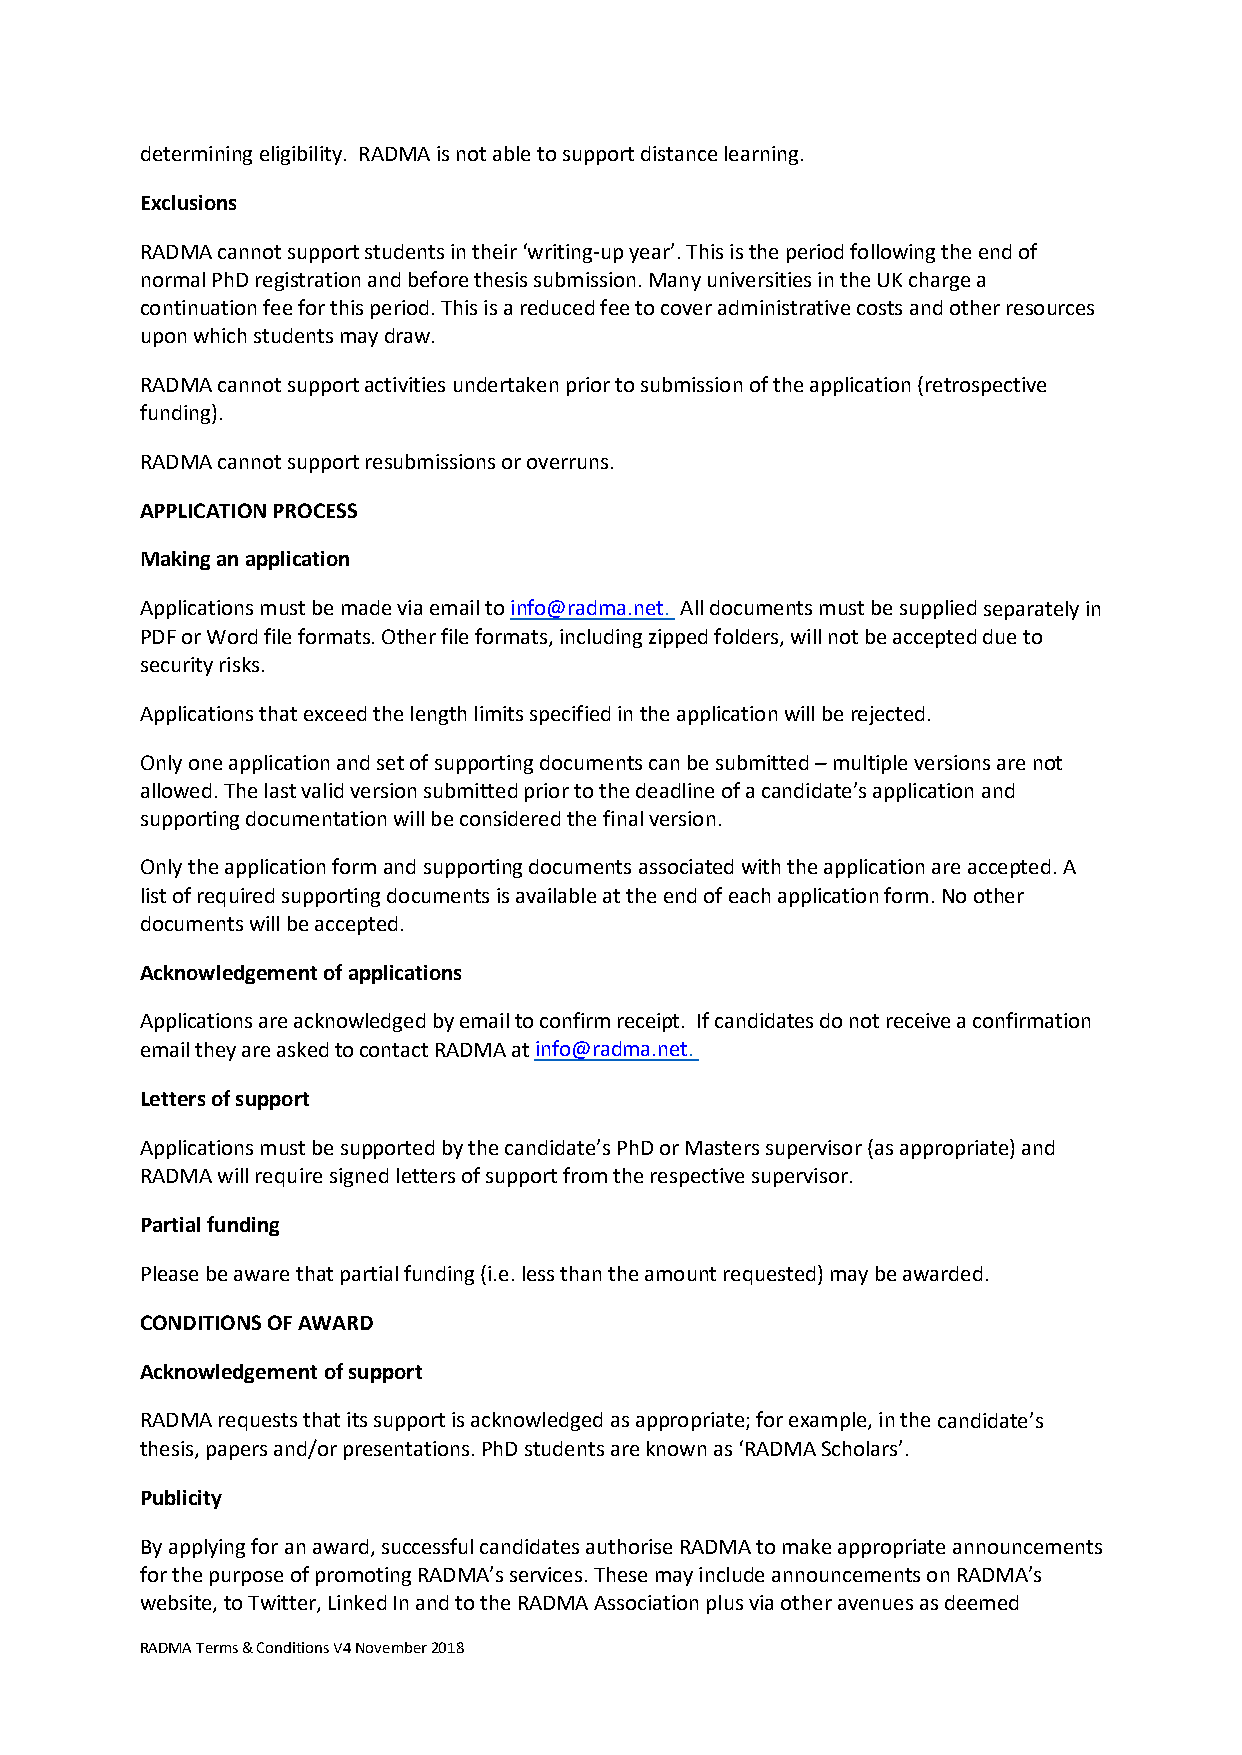
determining eligibility. RADMA is not able to support distance learning.
 Exclusions
 RADMA cannot support students in their ‘writing-up year’. This is the period following the end of
 normal PhD registration and before thesis submission. Many universities in the UK charge a
 continuation fee for this period. This is a reduced fee to cover administrative costs and other resources
 upon which students may draw.
 RADMA cannot support activities undertaken prior to submission of the application (retrospective
 funding).
 RADMA cannot support resubmissions or overruns.
 APPLICATION PROCESS
 Making an application
 Applications must be made via email to info@radma.net. All documents must be supplied separately in
 PDF or Word file formats. Other file formats, including zipped folders, will not be accepted due to
 security risks.
 Applications that exceed the length limits specified in the application will be rejected.
 Only one application and set of supporting documents can be submitted – multiple versions are not
 allowed. The last valid version submitted prior to the deadline of a candidate’s application and
 supporting documentation will be considered the final version.
 Only the application form and supporting documents associated with the application are accepted. A
 list of required supporting documents is available at the end of each application form. No other
 documents will be accepted.
 Acknowledgement of applications
 Applications are acknowledged by email to confirm receipt. If candidates do not receive a confirmation
 email they are asked to contact RADMA at info@radma.net.
 Letters of support
 Applications must be supported by the candidate’s PhD or Masters supervisor (as appropriate) and
 RADMA will require signed letters of support from the respective supervisor.
 Partial funding
 Please be aware that partial funding (i.e. less than the amount requested) may be awarded.
 CONDITIONS OF AWARD
 Acknowledgement of support
 RADMA requests that its support is acknowledged as appropriate; for example, in the candidate’s
 thesis, papers and/or presentations. PhD students are known as ‘RADMA Scholars’.
 Publicity
 By applying for an award, successful candidates authorise RADMA to make appropriate announcements
 for the purpose of promoting RADMA’s services. These may include announcements on RADMA’s
 website, to Twitter, Linked In and to the RADMA Association plus via other avenues as deemed
 RADMA Terms & Conditions V4 November 2018